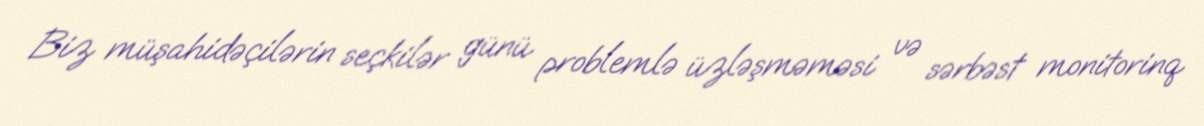
Biz müşahidəçilərin seçkilər günü problemlə üzləşməməsi və sərbəst monitorinq